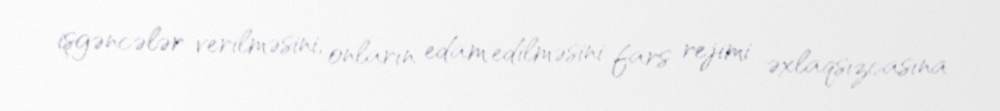
işgəncələr verilməsini, onların edam edilməsini fars rejimi əxlaqsızcasına